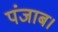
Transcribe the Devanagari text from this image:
पंजाब।